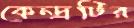
কেন্দ্রটির